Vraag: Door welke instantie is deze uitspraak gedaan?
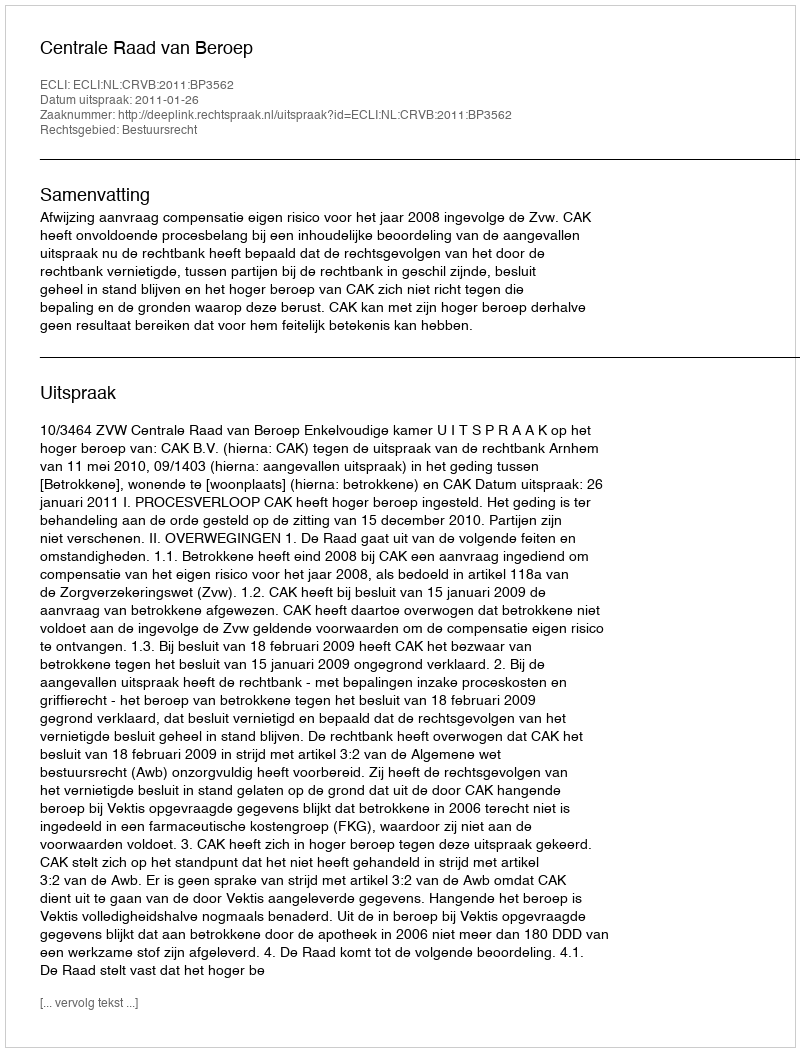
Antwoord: Centrale Raad van Beroep